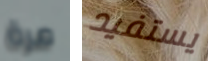
مرة يستفيد